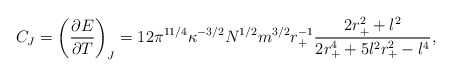
\begin{align*}C_J=\left (\frac{\partial E}{\partial T}\right)_J= 12 \pi ^{11/4}\kappa^{-3/2}N^{1/2}m^{3/2}r_+^{-1} \frac{2r_+^2 +l^2}{2r_+^4 +5l^2r_+^2 -l^4},\end{align*}